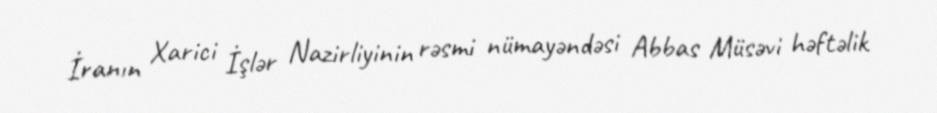
İranın Xarici İşlər Nazirliyinin rəsmi nümayəndəsi Abbas Müsəvi həftəlik